Indian journal of veterinary science and animal husbandry - Volume 10,
Year: 1940
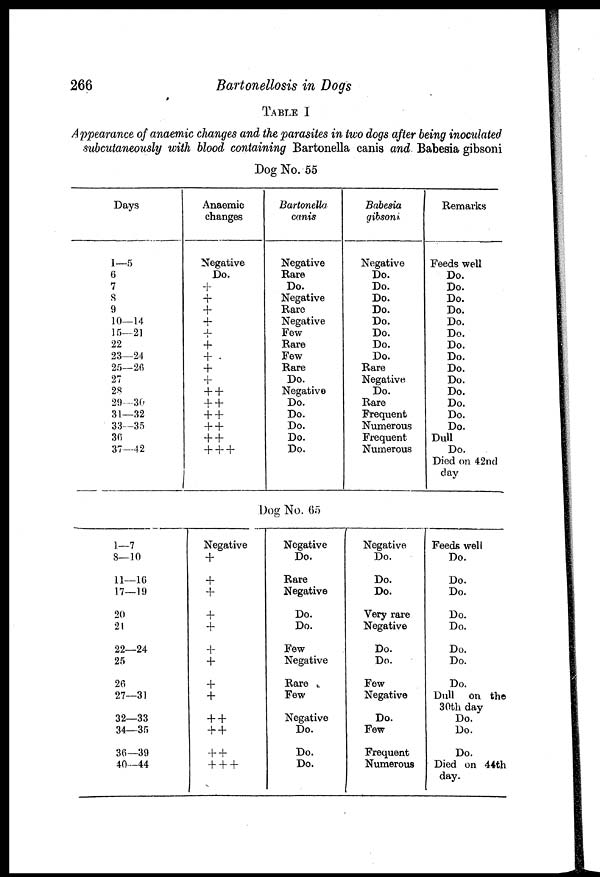
266
Bartonellosis in Dogs
TABLE I
Appearance of anaemic changes and the parasites in two dogs after being inoculated
subcutaneously with blood containing Bartonella canis and Babesia gibsoni
Dog No. 55
Days
1—5
6
7
8
9
10—14
15—21
22
23—24
25—26
27
28
29—30
31—32
33—35
36
37—42
Anaemic
changes
Negative
Do.
+
+
+ +
+
+
+
+ +
++
++ ++
+ +
+ +
+ + +
Bartonella
canis
Negative
Rare
Do.
Negative
Rare
Negative
Few
Rare
Few
Rare
Do.
Negative
Do.
Do.
Do.
Do.
Do.
Babesia
gibsoni
Negative
Do.
Do.
Do.
Do.
Do.
Do.
Do.
Do.
Rare
Negative
Do.
Rare
Frequent
Numerous
Frequent
Numerous
Remarks
Feeds well
Do.
Do.
Do.
Do.
Do.
Do.
Do.
Do.
Do.
Do.
Do.
Do.
Do.
Do.
Dull
Do.
Died on 42nd
day
Dog No. 65
1—7
8—10
11—16
17—19
20
21
22—24
25
26
27—31
32—33
34—35
36—39
40—44
Negative
+
+
+
+
+
+
+
+
+
+ +
+ +
+ +
+ + +
Negative
Do.
Rare
Negative
Do.
Do.
Few
Negative
Rare
Few
Negative
Do.
Do.
Do.
Negative
Do.
Do.
Do.
Very rare
Negative
Do.
Do.
Few
Negative
Do.
Few
Frequent
Numerous
Feeds well
Do.
Do.
Do.
Do.
Do.
Do.
Do.
Do.
Dull on the
30th day
Do.
Do.
Do.
Died on 44th
day.